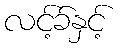
လင့်ခ်နှင့်